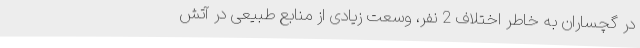
در گچساران به خاطر اختلاف 2 نفر، وسعت زیادی از منابع طبیعی در آتش